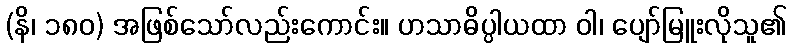
(နိ၊ ၁၈၀) အဖြစ်သော်လည်းကောင်း။ ဟသာဓိပ္ပါယထာ ဝါ၊ ပျော်မြူးလိုသူ၏